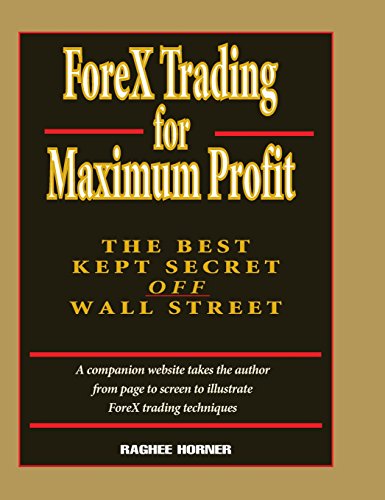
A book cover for ForeX Trading for Maximum Profit: The Best Kept Secret Off Wall Street; Raghee Horner; Business & Money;